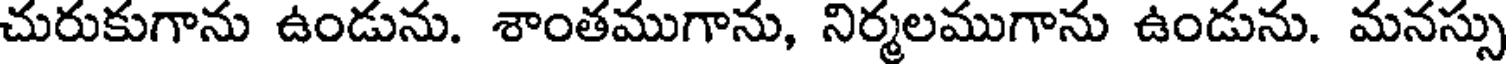
చురుకుగాను ఉండును. శాంతముగాను, నిర్మలముగాను ఉండును. మనస్సు